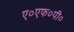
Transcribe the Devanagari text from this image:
ए०एफ०पी०